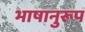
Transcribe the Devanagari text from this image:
भाषानुरूप